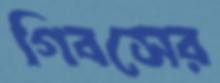
গিবসের